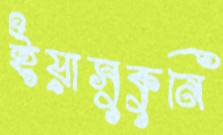
ইয়াসুকুনি